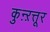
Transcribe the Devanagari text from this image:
कुऩ्ऱत्तूर